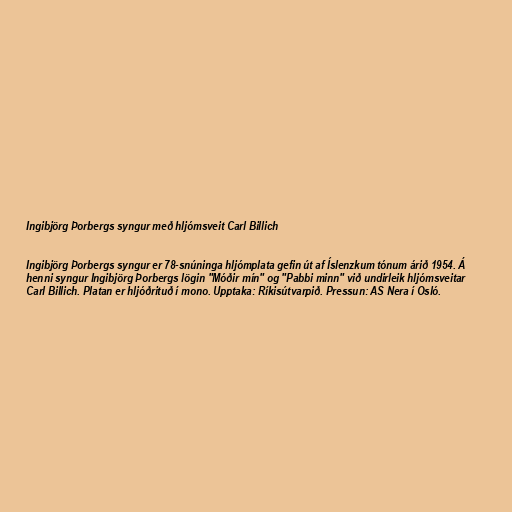
Ingibjörg Þorbergs syngur með hljómsveit Carl Billich

Ingibjörg Þorbergs syngur er 78-snúninga hljómplata gefin út af Íslenzkum tónum árið 1954. Á
henni syngur Ingibjörg Þorbergs lögin "Móðir mín" og "Pabbi minn" við undirleik hljómsveitar
Carl Billich. Platan er hljóðrituð í mono. Upptaka: Ríkisútvarpið. Pressun: AS Nera í Osló.